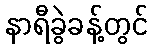
နာရီခွဲခန့်တွင်